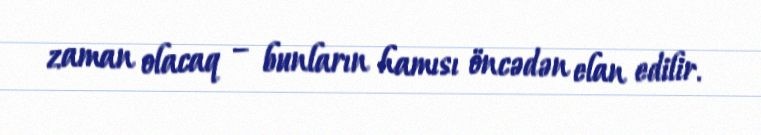
zaman olacaq – bunların hamısı öncədən elan edilir.